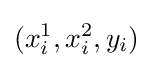
(x_{i}^{1},x_{i}^{2},y_{i})